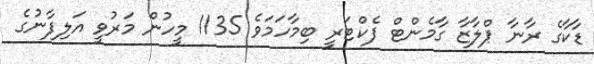
ޑާކާގެ ރާނާ ޕްލާޒާ ގާމެންޓް ފެކްޓަރީ ބިމާހަމަވެ 1135 މީހުން މަރުވީ އަލިފާނުގެ